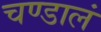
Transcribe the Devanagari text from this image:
चण्डालं